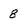
Character: 8